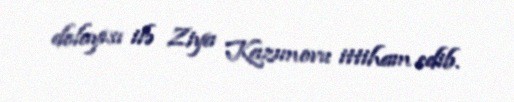
dolayısı ilə Ziya Kazımovu ittiham edib.